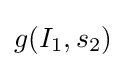
g(I_{1},s_{2})